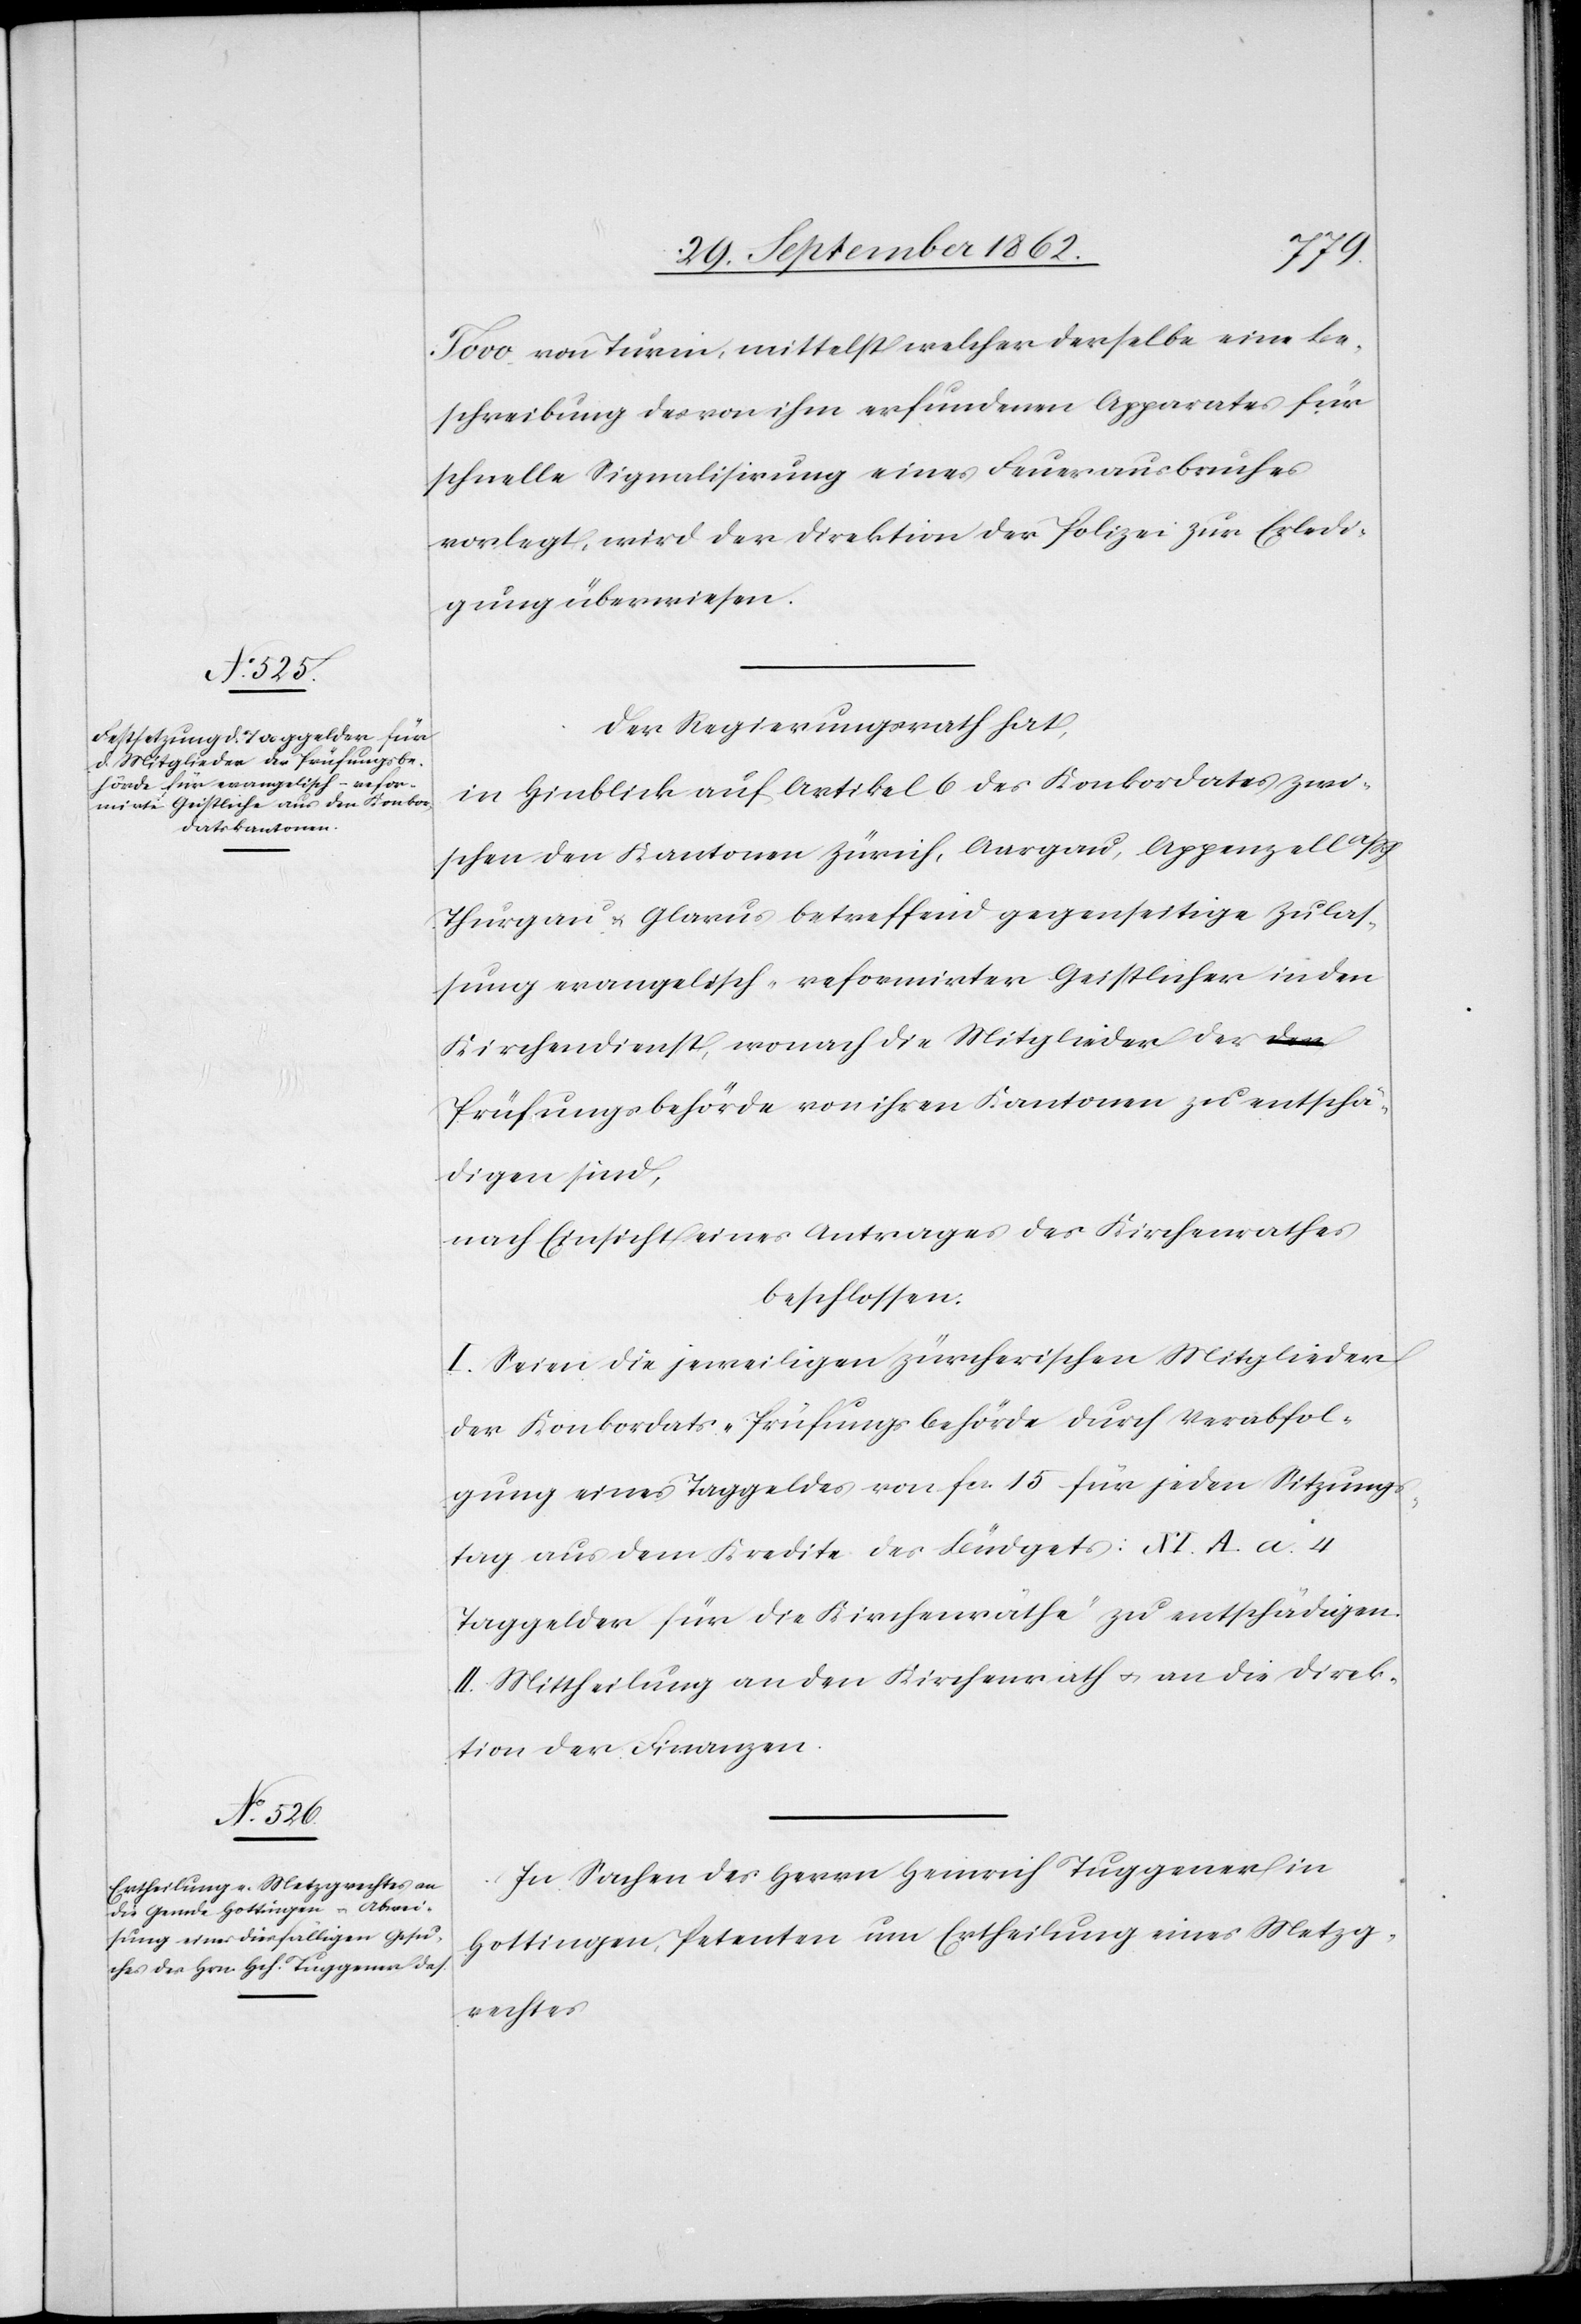
h.[,]
Tovo von Turin, mittelst welcher derselbe eine Be¬
schreibung des von ihm erfundene Apparates für
schnelle Signalisirung eines Feuerausbruches
vorlegt, wird der Direktion der Polizei zur Erledi¬
gung überwiesen.
Der Regierungsrath hat,
in Hinblick auf Artikel 6 des Konkordates zwi¬
schen den Kantonen Zürich, Aargau, Appenzell a/R¬
Thurgau u. Glarus betreffend gegenseitige Zulas¬
sung evangelisch-reformirter Geistlicher in den
Kirchendienst, wonach die Mitglieder der
Prüfungsbehörde von ihren Kantonen zu entschä¬
digen sind,
nach Einsicht eines Antrages des Kirchenrathes
beschlossen:
I. Seien die jeweiligen zürcherischen Mitglieder
der Konkordats-Prüfungsbehörde durch Verabfol¬
gung eines Taggeldes von fcs. 15 für jeden Sitzungs¬
tag aus dem Kredite des Büdgets: [„]XI A. a. 4
Taggelder für die Kirchenräthe“ zu entschädigen.
II. Mittheilung an den Kirchenrath u. an die Direk¬
tion der Finanzen.
In Sachen des Herrn Heinrich Tuggener in
Hottingen, Petenten um Ertheilung eines Metzg¬
rechtes